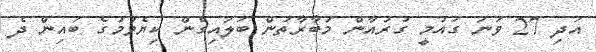
އަދި 27 ވަނަ ގައުމީ ގުރުއާން މުބާރާތުން ބަލައިގެން ކިޔެވުމުގެ ބައިން ދެ